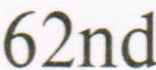
62nd